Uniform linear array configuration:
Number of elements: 12
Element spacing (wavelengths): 1
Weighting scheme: cosine
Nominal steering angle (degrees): -15
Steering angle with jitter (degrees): -15.199
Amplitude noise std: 0.05
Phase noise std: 0.05

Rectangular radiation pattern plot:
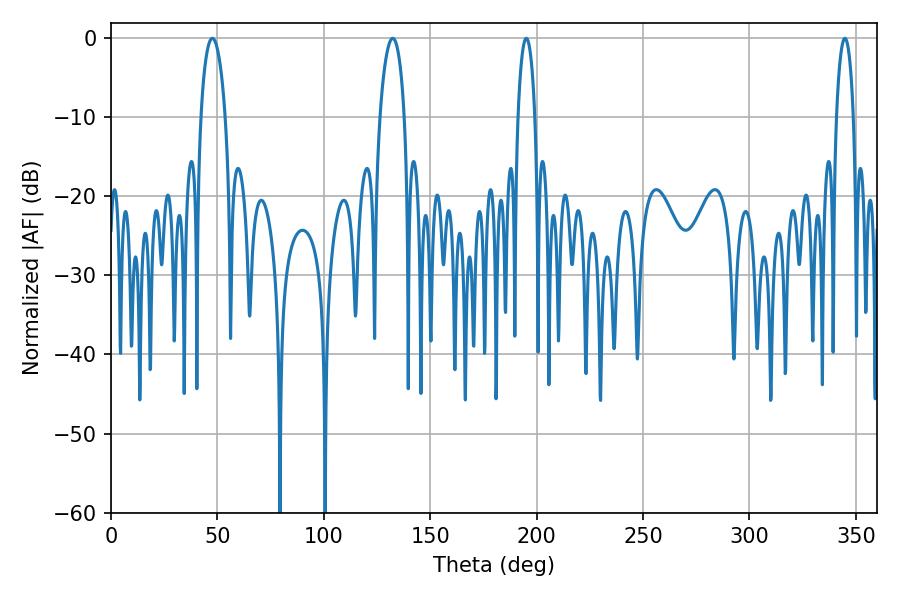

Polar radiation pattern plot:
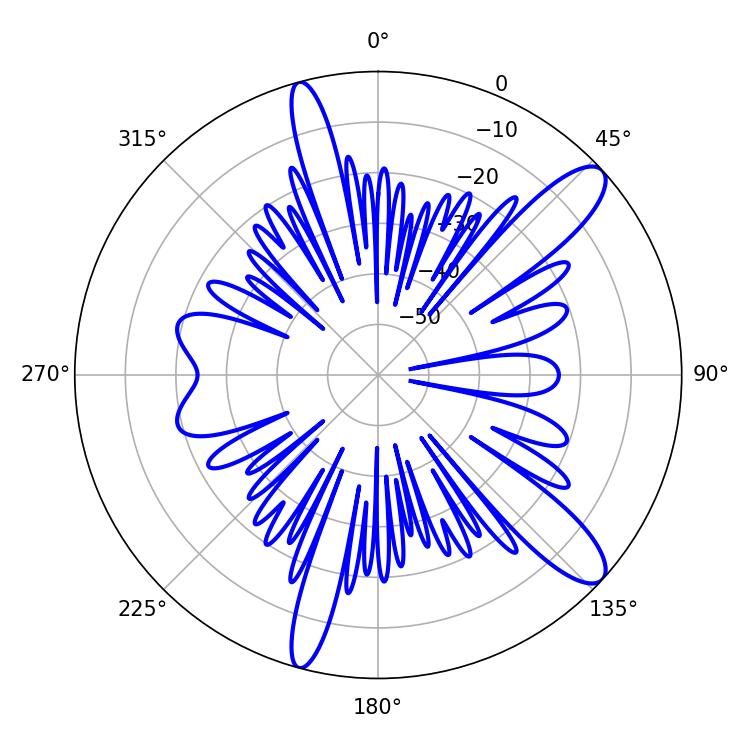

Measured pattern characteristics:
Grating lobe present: TRUE
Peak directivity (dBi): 11.754
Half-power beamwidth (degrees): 4.5
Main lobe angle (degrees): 195.12